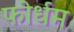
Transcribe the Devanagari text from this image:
फोर्धम